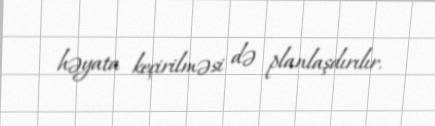
həyata keçirilməsi də planlaşdırılır.